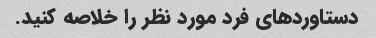
دستاوردهای فرد مورد نظر را خلاصه کنید.